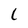
Character: l